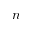
n